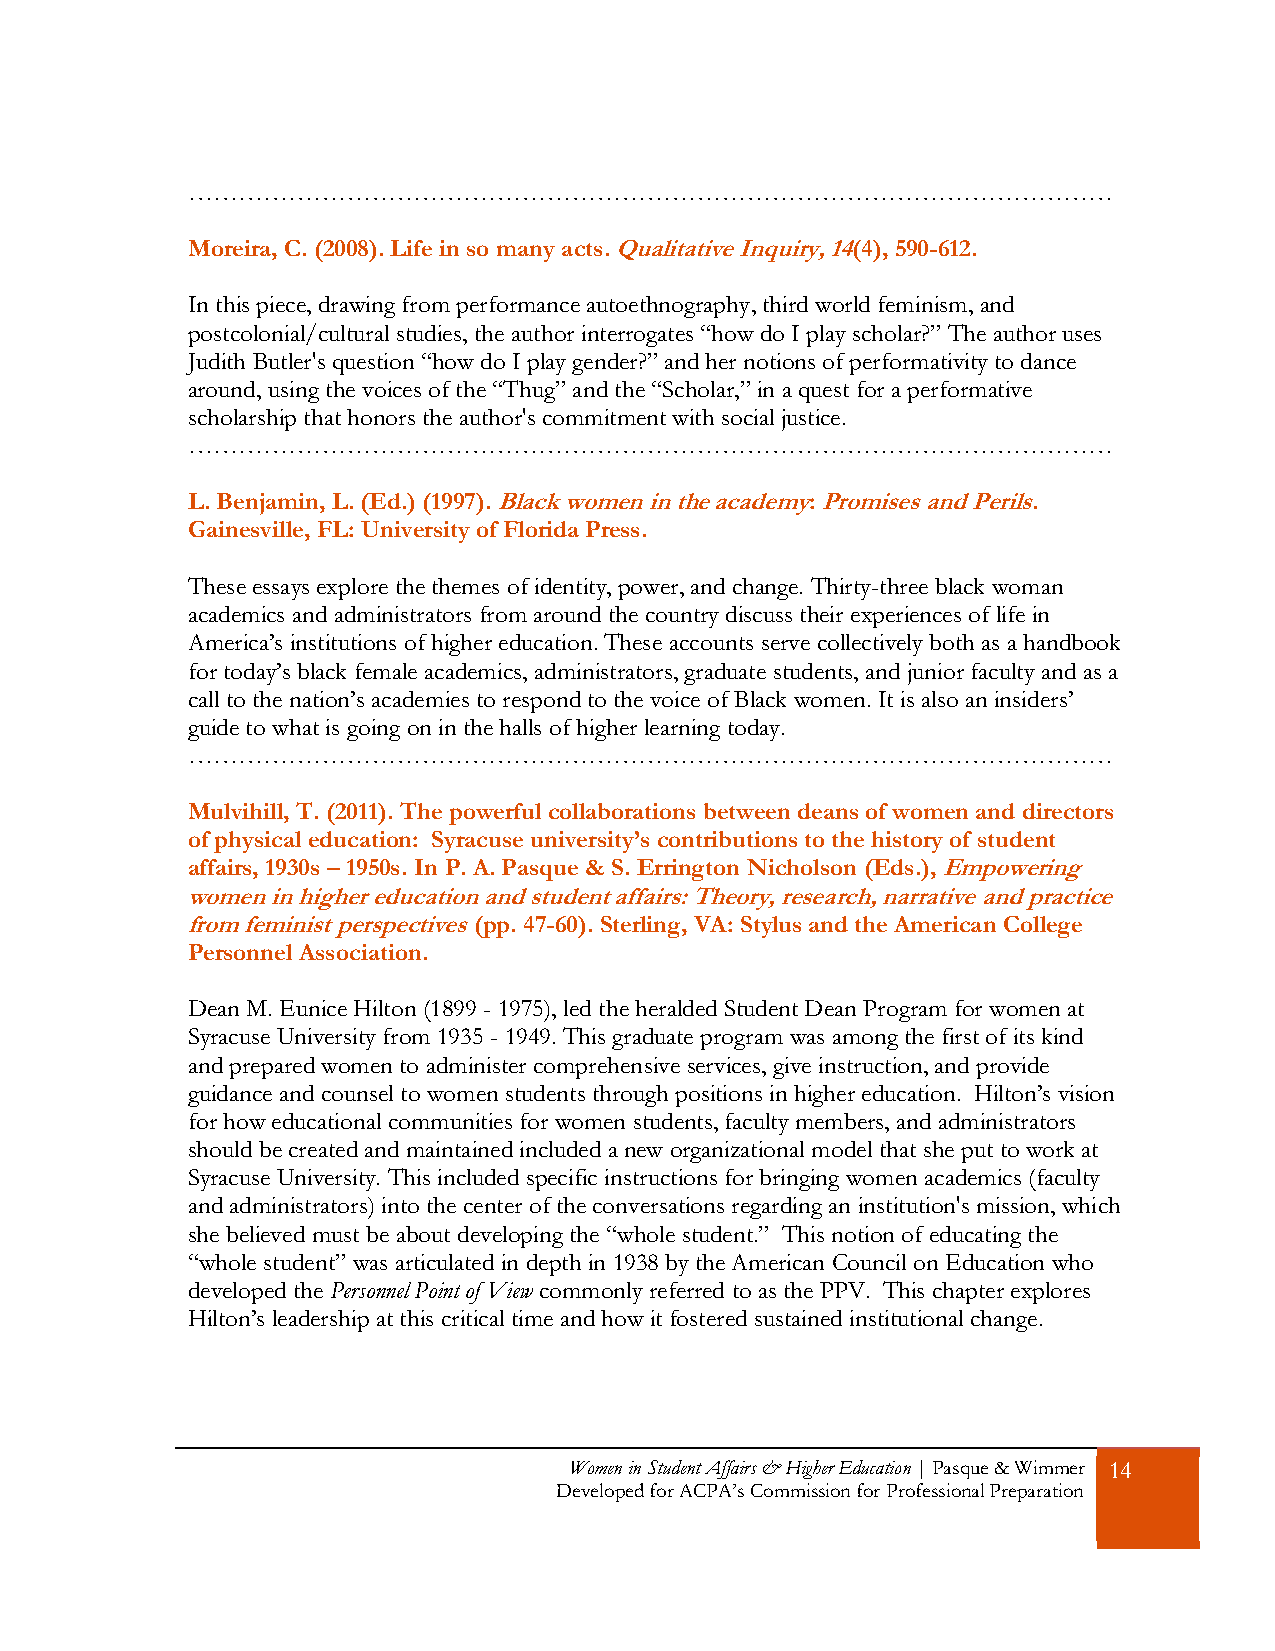
…………………………………………………………………………………………………
 Moreira, C. (2008). Life in so many acts. Qualitative Inquiry, 14(4), 590-612.
 In this piece, drawing from performance autoethnography, third world feminism, and
 postcolonial/cultural studies, the author interrogates “how do I play scholar?” The author uses
 Judith Butler's question “how do I play gender?” and her notions of performativity to dance
 around, using the voices of the “Thug” and the “Scholar,” in a quest for a performative
 scholarship that honors the author's commitment with social justice.
 …………………………………………………………………………………………………
 L. Benjamin, L. (Ed.) (1997). Black women in the academy: Promises and Perils.
 Gainesville, FL: University of Florida Press.
 These essays explore the themes of identity, power, and change. Thirty-three black woman
 academics and administrators from around the country discuss their experiences of life in
 America’s institutions of higher education. These accounts serve collectively both as a handbook
 for today’s black female academics, administrators, graduate students, and junior faculty and as a
 call to the nation’s academies to respond to the voice of Black women. It is also an insiders’
 guide to what is going on in the halls of higher learning today.
 …………………………………………………………………………………………………
 Mulvihill, T. (2011). The powerful collaborations between deans of women and directors
 of physical education: Syracuse university’s contributions to the history of student
 affairs, 1930s – 1950s. In P. A. Pasque & S. Errington Nicholson (Eds.), Empowering
 women in higher education and student affairs: Theory, research, narrative and practice
 from feminist perspectives (pp. 47-60). Sterling, VA: Stylus and the American College
 Personnel Association.
 Dean M. Eunice Hilton (1899 - 1975), led the heralded Student Dean Program for women at
 Syracuse University from 1935 - 1949. This graduate program was among the first of its kind
 and prepared women to administer comprehensive services, give instruction, and provide
 guidance and counsel to women students through positions in higher education. Hilton’s vision
 for how educational communities for women students, faculty members, and administrators
 should be created and maintained included a new organizational model that she put to work at
 Syracuse University. This included specific instructions for bringing women academics (faculty
 and administrators) into the center of the conversations regarding an institution's mission, which
 she believed must be about developing the “whole student.” This notion of educating the
 “whole student” was articulated in depth in 1938 by the American Council on Education who
 developed the Personnel Point of View commonly referred to as the PPV. This chapter explores
 Hilton’s leadership at this critical time and how it fostered sustained institutional change.
 Women in Student Affairs & Higher Education | Pasque & Wimmer 14
 Developed for ACPA’s Commission for Professional Preparation